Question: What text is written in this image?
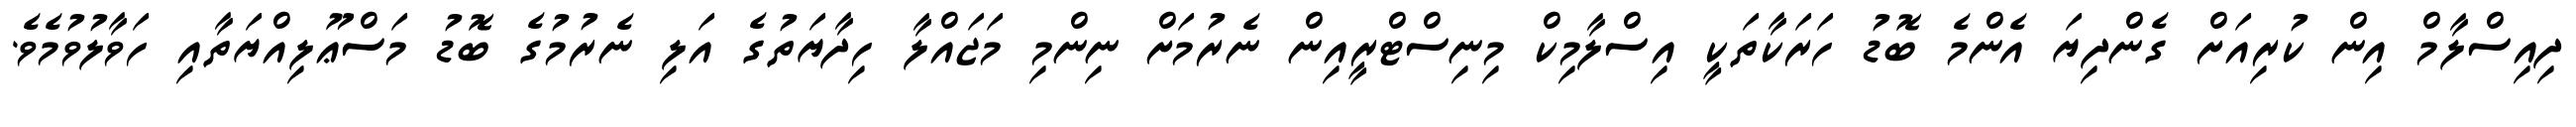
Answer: ދިއިސްލާމް އިން ކުރިއަށް ގެންދިޔަ އެންމެ ބޮޑު ހަރަކާތަކީ އިސްލާމިކް މިނިސްޓްރީއިން ނެރުމަށް ނިންމި މަޖައްލާ ހިދާޔަތުގެ އަލި ނެރުމުގެ ބޮޑު މަސްޢޫލިއްޔަތާއި ހަވާލުވުމެވެ.